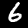
Label: 6